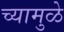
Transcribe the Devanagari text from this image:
च्यामुळे